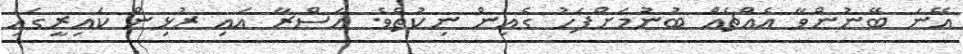
އޭނަ ބޭނުންވާ އެއްޗެއް ބުނުމަށްފަހު ގެއިން ނިކުތެވެ. އަސްރާ އައި ރުޅިން ކައިރީގައި